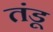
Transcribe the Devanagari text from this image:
तंडू